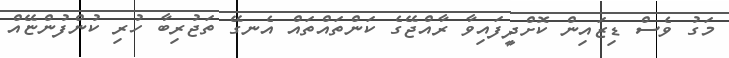
މަގު ވެސް ޑިޒައިން ކޮށްދީފައިވާ ރާއްޖޭގެ ކަންތައްތައް އެނގޭ ތަޖުރިބާ ހުރި ކުންފުންޏޭއް